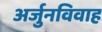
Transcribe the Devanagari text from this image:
अर्जुनविवाह